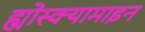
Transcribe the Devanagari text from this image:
ह्योस्क्यामाइन